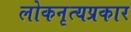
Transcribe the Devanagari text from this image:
लोकनृत्यप्रकार